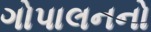
ગોપાલનનો